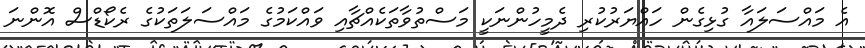
އެ މައްސަލައާ ގުޅިގެން ހައްޔަރުކުރި ދެމީހުންނަކީ މަސްތުވާތަކެއްޗާއި ވައްކަމުގެ މައްސަލަތަކުގެ ރެކޯޑްސް އޮންނަ